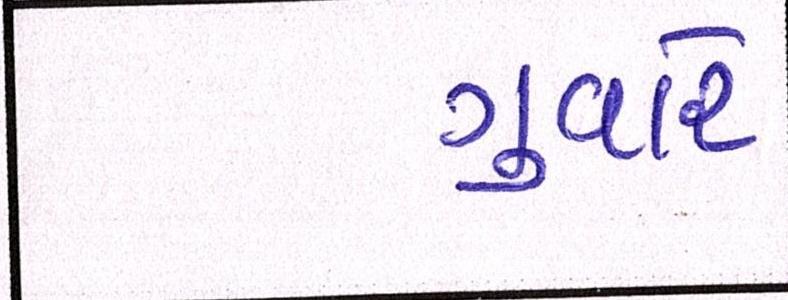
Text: ગુવારે